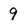
Character: 9